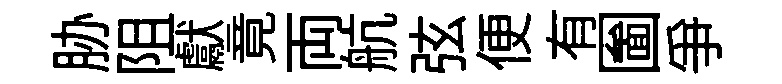
胁阻獻竟両航弦便有圗争